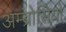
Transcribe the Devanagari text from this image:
अम्ब्रोसियो